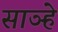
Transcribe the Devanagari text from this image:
साञ्हे